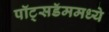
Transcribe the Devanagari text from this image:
पॉट्सडॅममध्ये